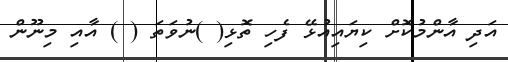
އަދި އާންމުކޮށް ކިޔައިއުޅޭ ފެހި ތޮޅި( )ނުވަތަ ( ) އާއި މިނޫން